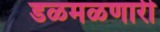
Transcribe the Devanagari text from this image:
डळमळणारी